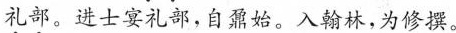
\underset{·}{礼部}。进士宴礼部，自鼐始。入翰林，为修撰。